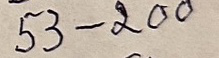
53 - 200